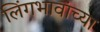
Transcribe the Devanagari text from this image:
लिंगभावांच्या